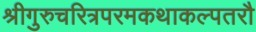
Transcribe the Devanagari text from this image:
श्रीगुरुचरित्रपरमकथाकल्पतरौ